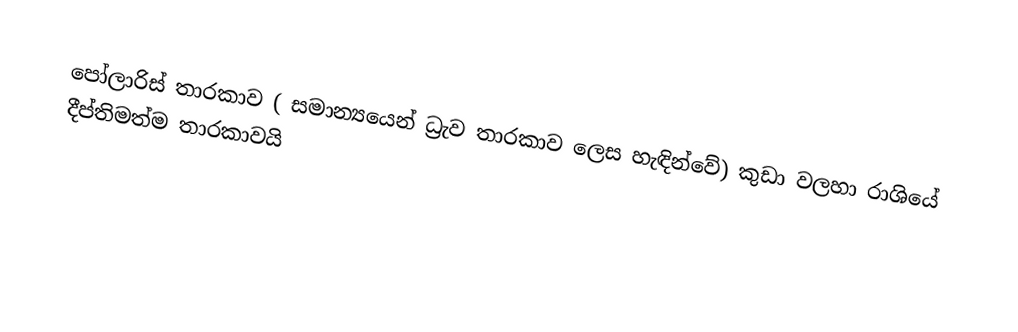
පෝලාරිස් තාරකාව ( සමාන්‍යයෙන්  ධ්‍රැව තාරකාව ලෙස  හැඳින්වේ)  කුඩා වලහා රාශියේ     දීප්තිමත්ම තාරකාවයි